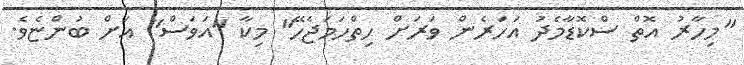
"މިހާރު އޮތް ސްކޮޑާމެދު އަހަރެން ވަރަށް ހިތްހަމަޖެހޭ" މިކާ "އަވަސް" އަށް ބުންޏެވެ.